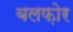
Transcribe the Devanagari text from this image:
बलफ़ोर